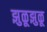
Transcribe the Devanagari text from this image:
झुळूझुळू